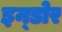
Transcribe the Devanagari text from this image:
इन्‍डोर